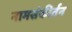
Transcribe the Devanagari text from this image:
नामसंकीर्तन